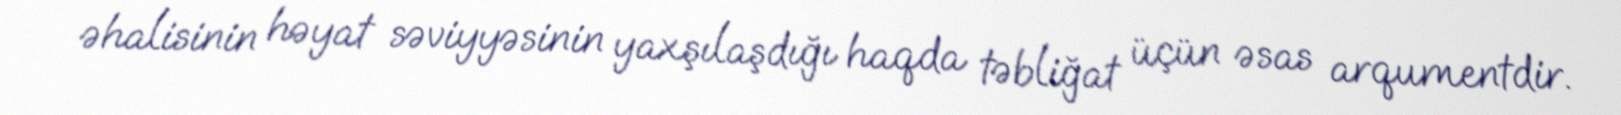
əhalisinin həyat səviyyəsinin yaxşılaşdığı haqda təbliğat üçün əsas arqumentdir.